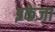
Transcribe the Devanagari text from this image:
इकेजा